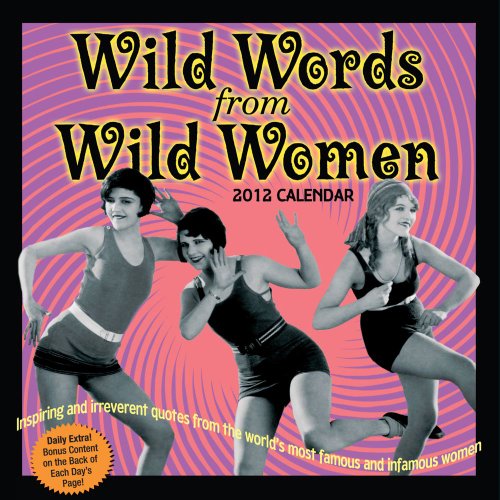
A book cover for Wild Words from Wild Women: 2012 Day-to-Day Calendar; LLC Andrews McMeel Publishing; Calendars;